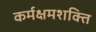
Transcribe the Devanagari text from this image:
कर्मक्षमशक्ति